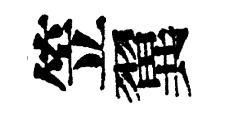
笠翼